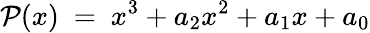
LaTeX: \mathcal{P}(x)~=~x^{3}+a_{2}x^{2}+a_{1}x+a_{0}